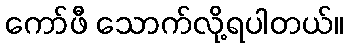
ကော်ဖီ သောက်လို့ရပါတယ်။